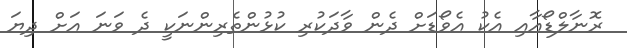
ރޮނާލްޑޯއާއި އެކު އެވޯޑަށް ދެން ވާދަކުރި ކުޅުންތެރިންނަކީ ދެ ވަނަ އަށް ދިޔަ